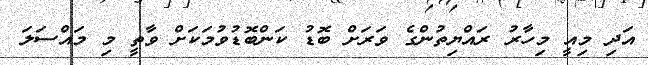
އަދި މިއީ މިހާރު ރައްޔިތުންގެ ވަރަށް ބޮޑު ކަންބޮޑުވުމަކަށް ވާތީ މި މައްސަލަ